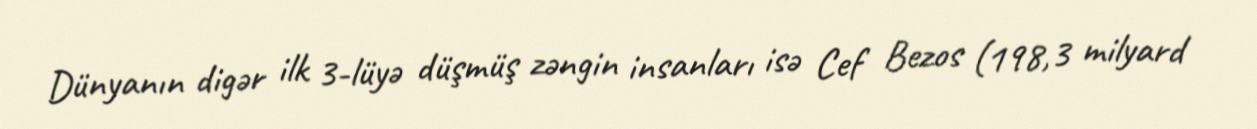
Dünyanın digər ilk 3-lüyə düşmüş zəngin insanları isə Cef Bezos (198,3 milyard